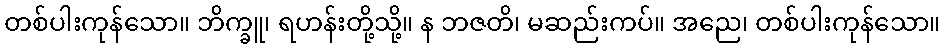
တစ်ပါးကုန်သော။ ဘိက္ခူ၊ ရဟန်းတို့သို့။ န ဘဇတိ၊ မဆည်းကပ်။ အညေ၊ တစ်ပါးကုန်သော။